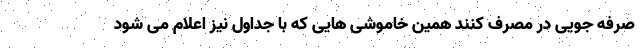
صرفه جویی در مصرف کنند همین خاموشی هایی که با جداول نیز اعلام می شود